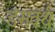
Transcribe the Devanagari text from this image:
डंसवर्थ